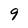
Character: 9